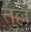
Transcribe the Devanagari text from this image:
तुल्ले